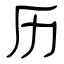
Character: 历